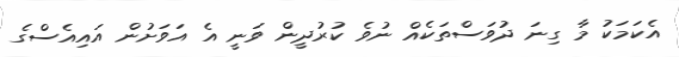
އެކަމަކު މާ ގިނަ ދުވަސްތަކެއް ނުވެ ކުރުދީން ވަނީ އެ އަވަށުން އައިއެސްގެ